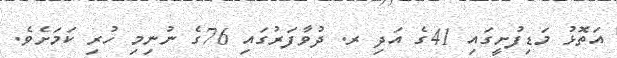
އަތޮޅު މަޑިފުށީގައި 41ގެ އަދި ރ. ދުވާފަރުގައި 76ގެ ނުނިމި ހުރި ކަމަށެވެ.